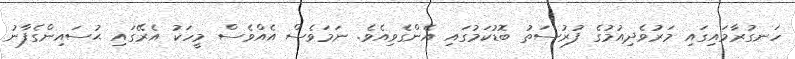
ހަނގުރާމައިގައި މަރުވެދިއުމުގެ ފުރުސަތު ބޮޑުކަމުގައި އެންގެވިއެވެ. ނަމަވެސް އެއްވެސް މީހަކު އެރޭގައި ޙުސައިންގެފާނު